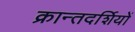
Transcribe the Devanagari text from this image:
क्रान्तदर्शियों